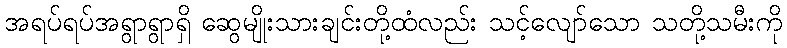
အရပ်ရပ်အရွာရွာရှိ ဆွေမျိုးသားချင်းတို့ထံလည်း သင့်လျော်သော သတို့သမီးကို